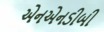
એનએનડીબી